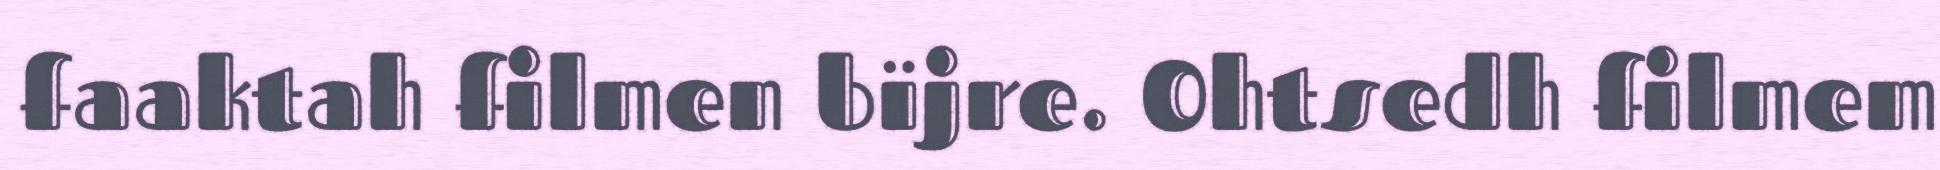
faaktah filmen bïjre. Ohtsedh filmem